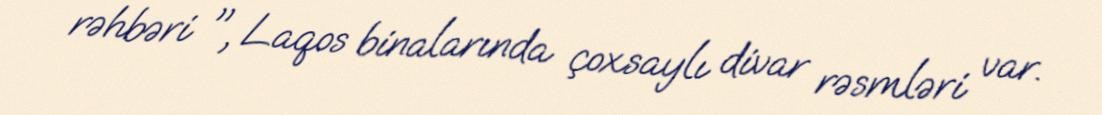
rəhbəri ", Laqos binalarında çoxsaylı divar rəsmləri var.